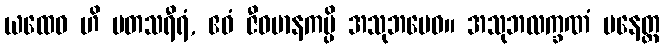
ယထေဝ ဟိ မတသရီရံ, ဧဝံ ဇီဝမာနကမ္ပိ အသုဘမေဝ။ အသုဘလက္ခဏံ ပနေတ္ထ